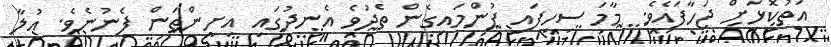
އަތުކޮޅަށް ޖަހާފައެވެ. މާމަ ސިހިފައި ފުންމައިގެން ތެދުވެ އެނދުގައި އިށީންތަން ފެނުނެވެ. އުލާ